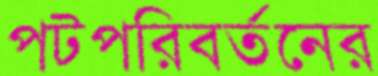
পটপরিবর্তনের